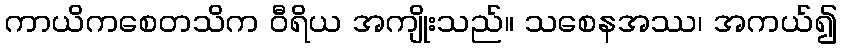
ကာယိကစေတသိက ဝီရိယ အကျိုးသည်။ သစေနအဿ၊ အကယ်၍